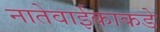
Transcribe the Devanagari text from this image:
नातेवाईकाकडे